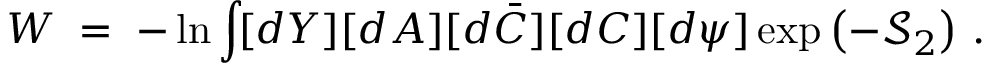
W \; = \; - \ln \int \! [ d Y ] [ d A ] [ d \bar { C } ] [ d C ] [ d \psi ] \exp \left( - \mathcal { S } _ { 2 } \right) \, .